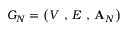
G _ { N } = \left( V \mathrm { ~ , ~ } E \mathrm { ~ , ~ } \mathbf { A } _ { N } \right)